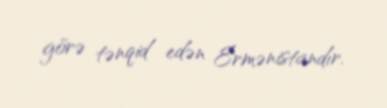
görə tənqid edən Ermənistandır.